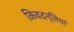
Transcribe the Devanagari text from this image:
किवदन्तियां